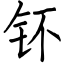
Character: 钚